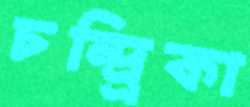
চন্দ্র্রিকা